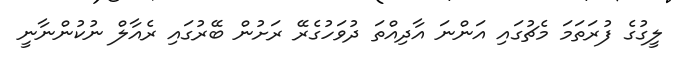
ލީގުގެ ފުރަތަމަ މެޗުގައި އަންނަ އާދިއްތަ ދުވަހުގެރޭ ރަށުން ބޭރުގައި ރެއާލް ނުކުންނާނީ